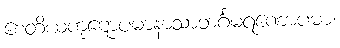
စေတိယကုဋောပမာနာသာဘင်္ဂမရဏောပမာ၊